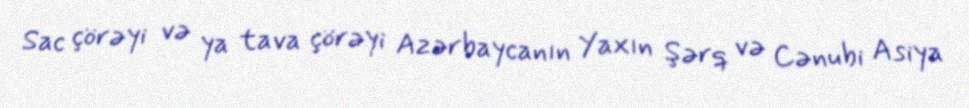
Sac çörəyi və ya tava çörəyi Azərbaycanın Yaxın Şərq və Cənubi Asiya